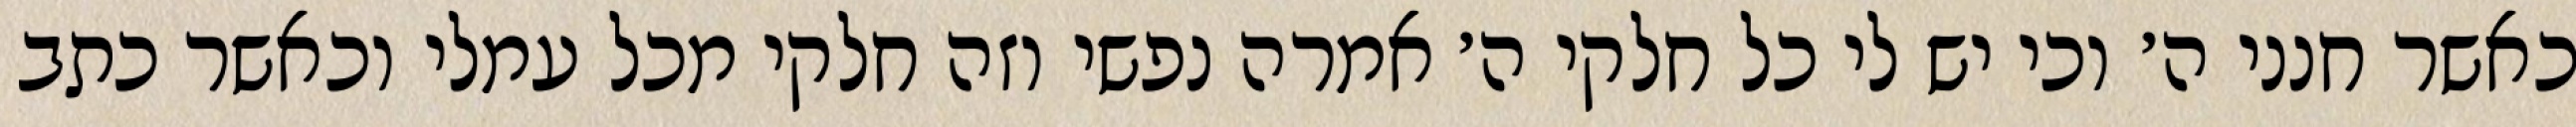
כאשר חנני ה׳ וכי יש לי כל חלקי ה׳ אמרה נפשי וזה חלקי מכל עמלי וכאשר כתב